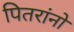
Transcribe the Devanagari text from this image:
पितरांनो